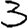
Digit: 3